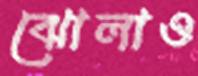
ঝোলাও